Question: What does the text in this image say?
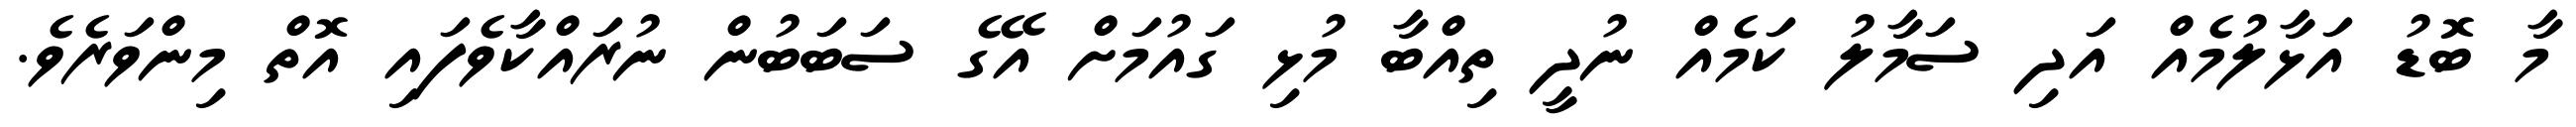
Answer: މާ ބޮޑު އަޅާލުމެއް އަދި ސަމާލު ކަމެއް ނުދީ ތިއްބާ މުޅި ގައުމަށް އޭގެ ސަބަބުން ނުރައްކާވެފައި އޮތް މިންވަރެވެ.